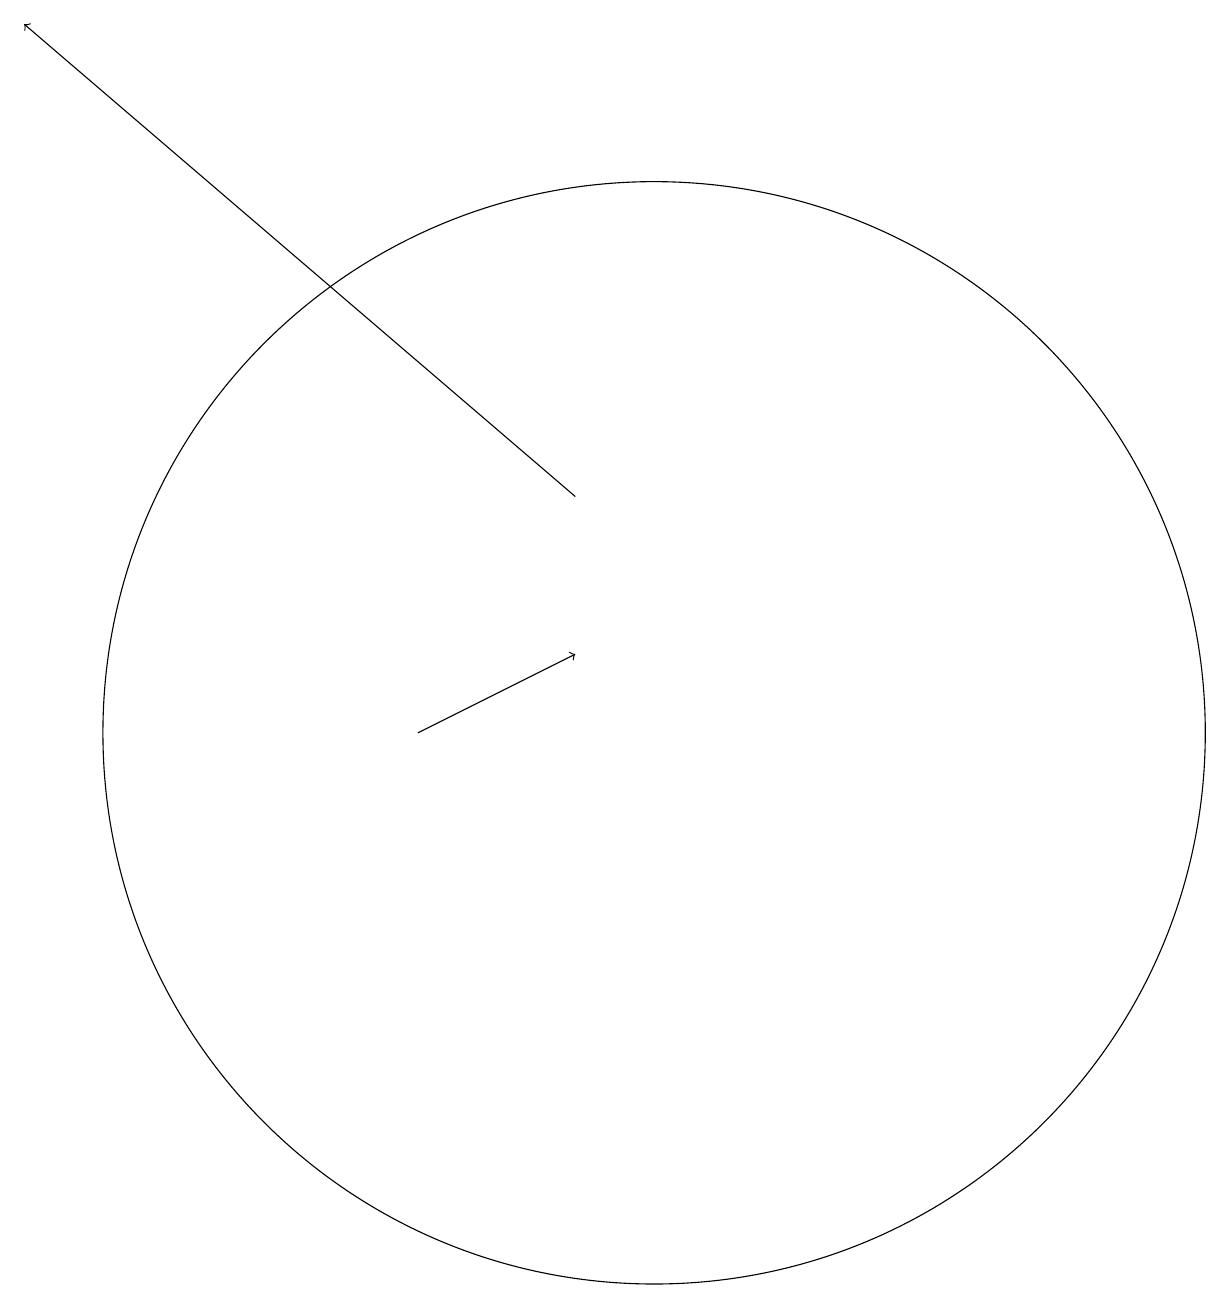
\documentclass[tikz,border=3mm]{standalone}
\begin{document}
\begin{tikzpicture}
\draw[->] (7,10) -- (9,11);
\draw[->] (9,13) -- (2,19);
\draw (10,10) circle (7);
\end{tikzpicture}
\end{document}